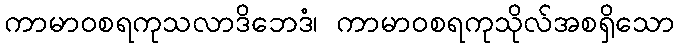
ကာမာဝစရကုသလာဒိဘေဒံ၊ ကာမာဝစရကုသိုလ်အစရှိသော